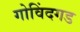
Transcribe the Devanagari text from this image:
गोविंदगड